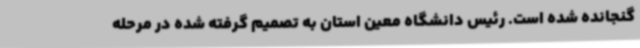
گنجانده شده است. رئیس دانشگاه معین استان به تصمیم گرفته شده در مرحله